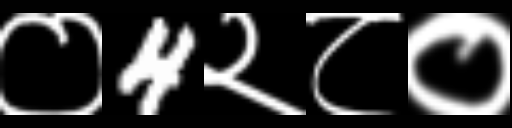
Text: ०4२८०